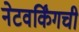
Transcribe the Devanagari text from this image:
नेटवर्किंगची